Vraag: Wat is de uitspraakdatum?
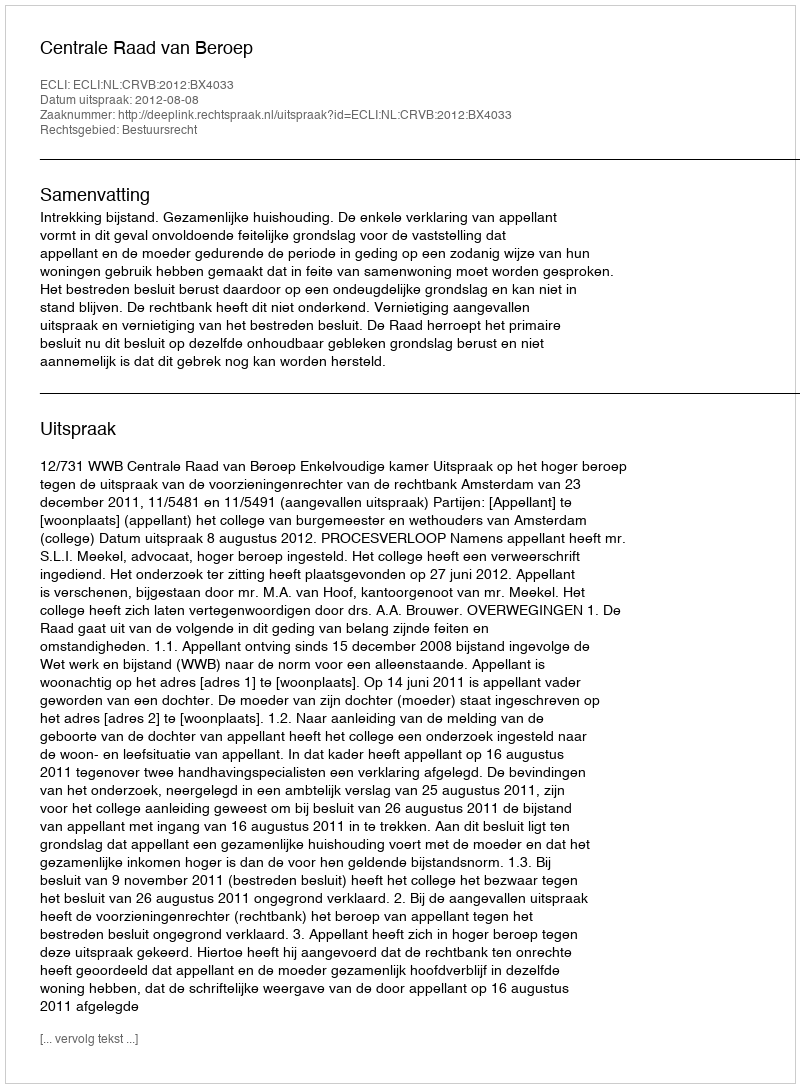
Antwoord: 2012-08-08